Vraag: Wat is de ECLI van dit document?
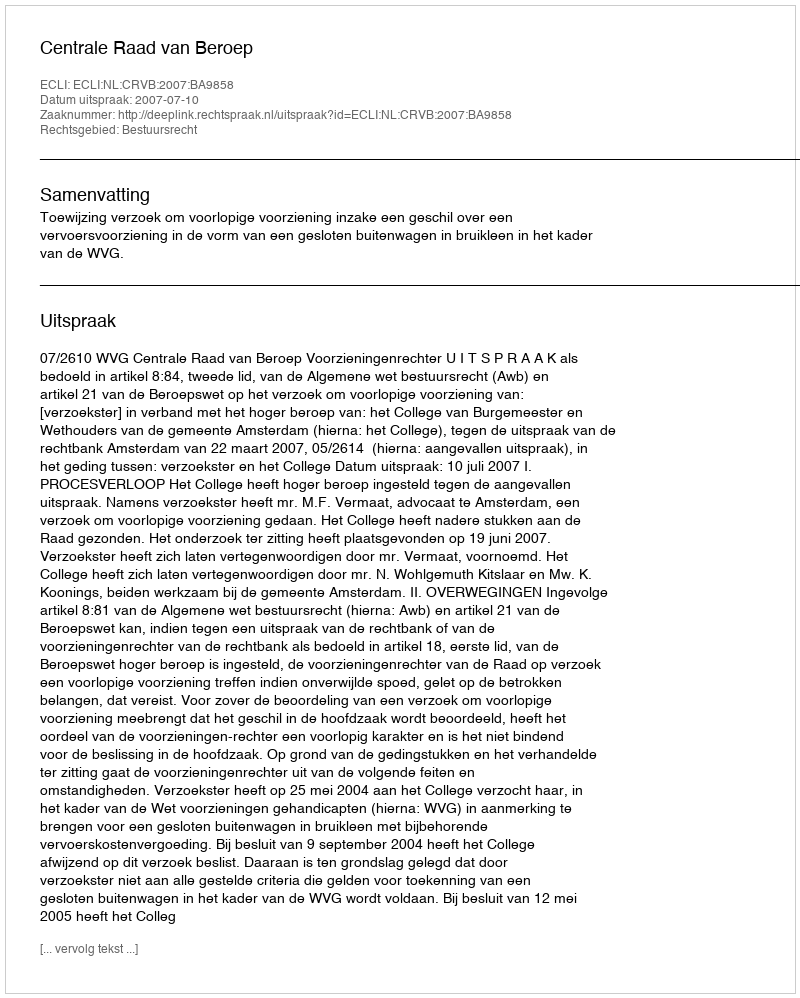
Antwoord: ECLI:NL:CRVB:2007:BA9858